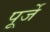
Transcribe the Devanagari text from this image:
पूर्जे